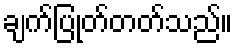
ချက်ပြုတ်တတ်သည်။